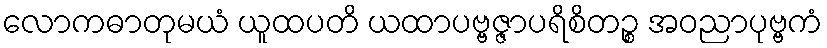
လောကဓာတုမယံ ယူထပတိ ယထာပဗ္ဗဇ္ဇာပရိစိတဉ္စ အဝညာပုဗ္ဗကံ